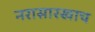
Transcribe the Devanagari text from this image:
नरासारखाच